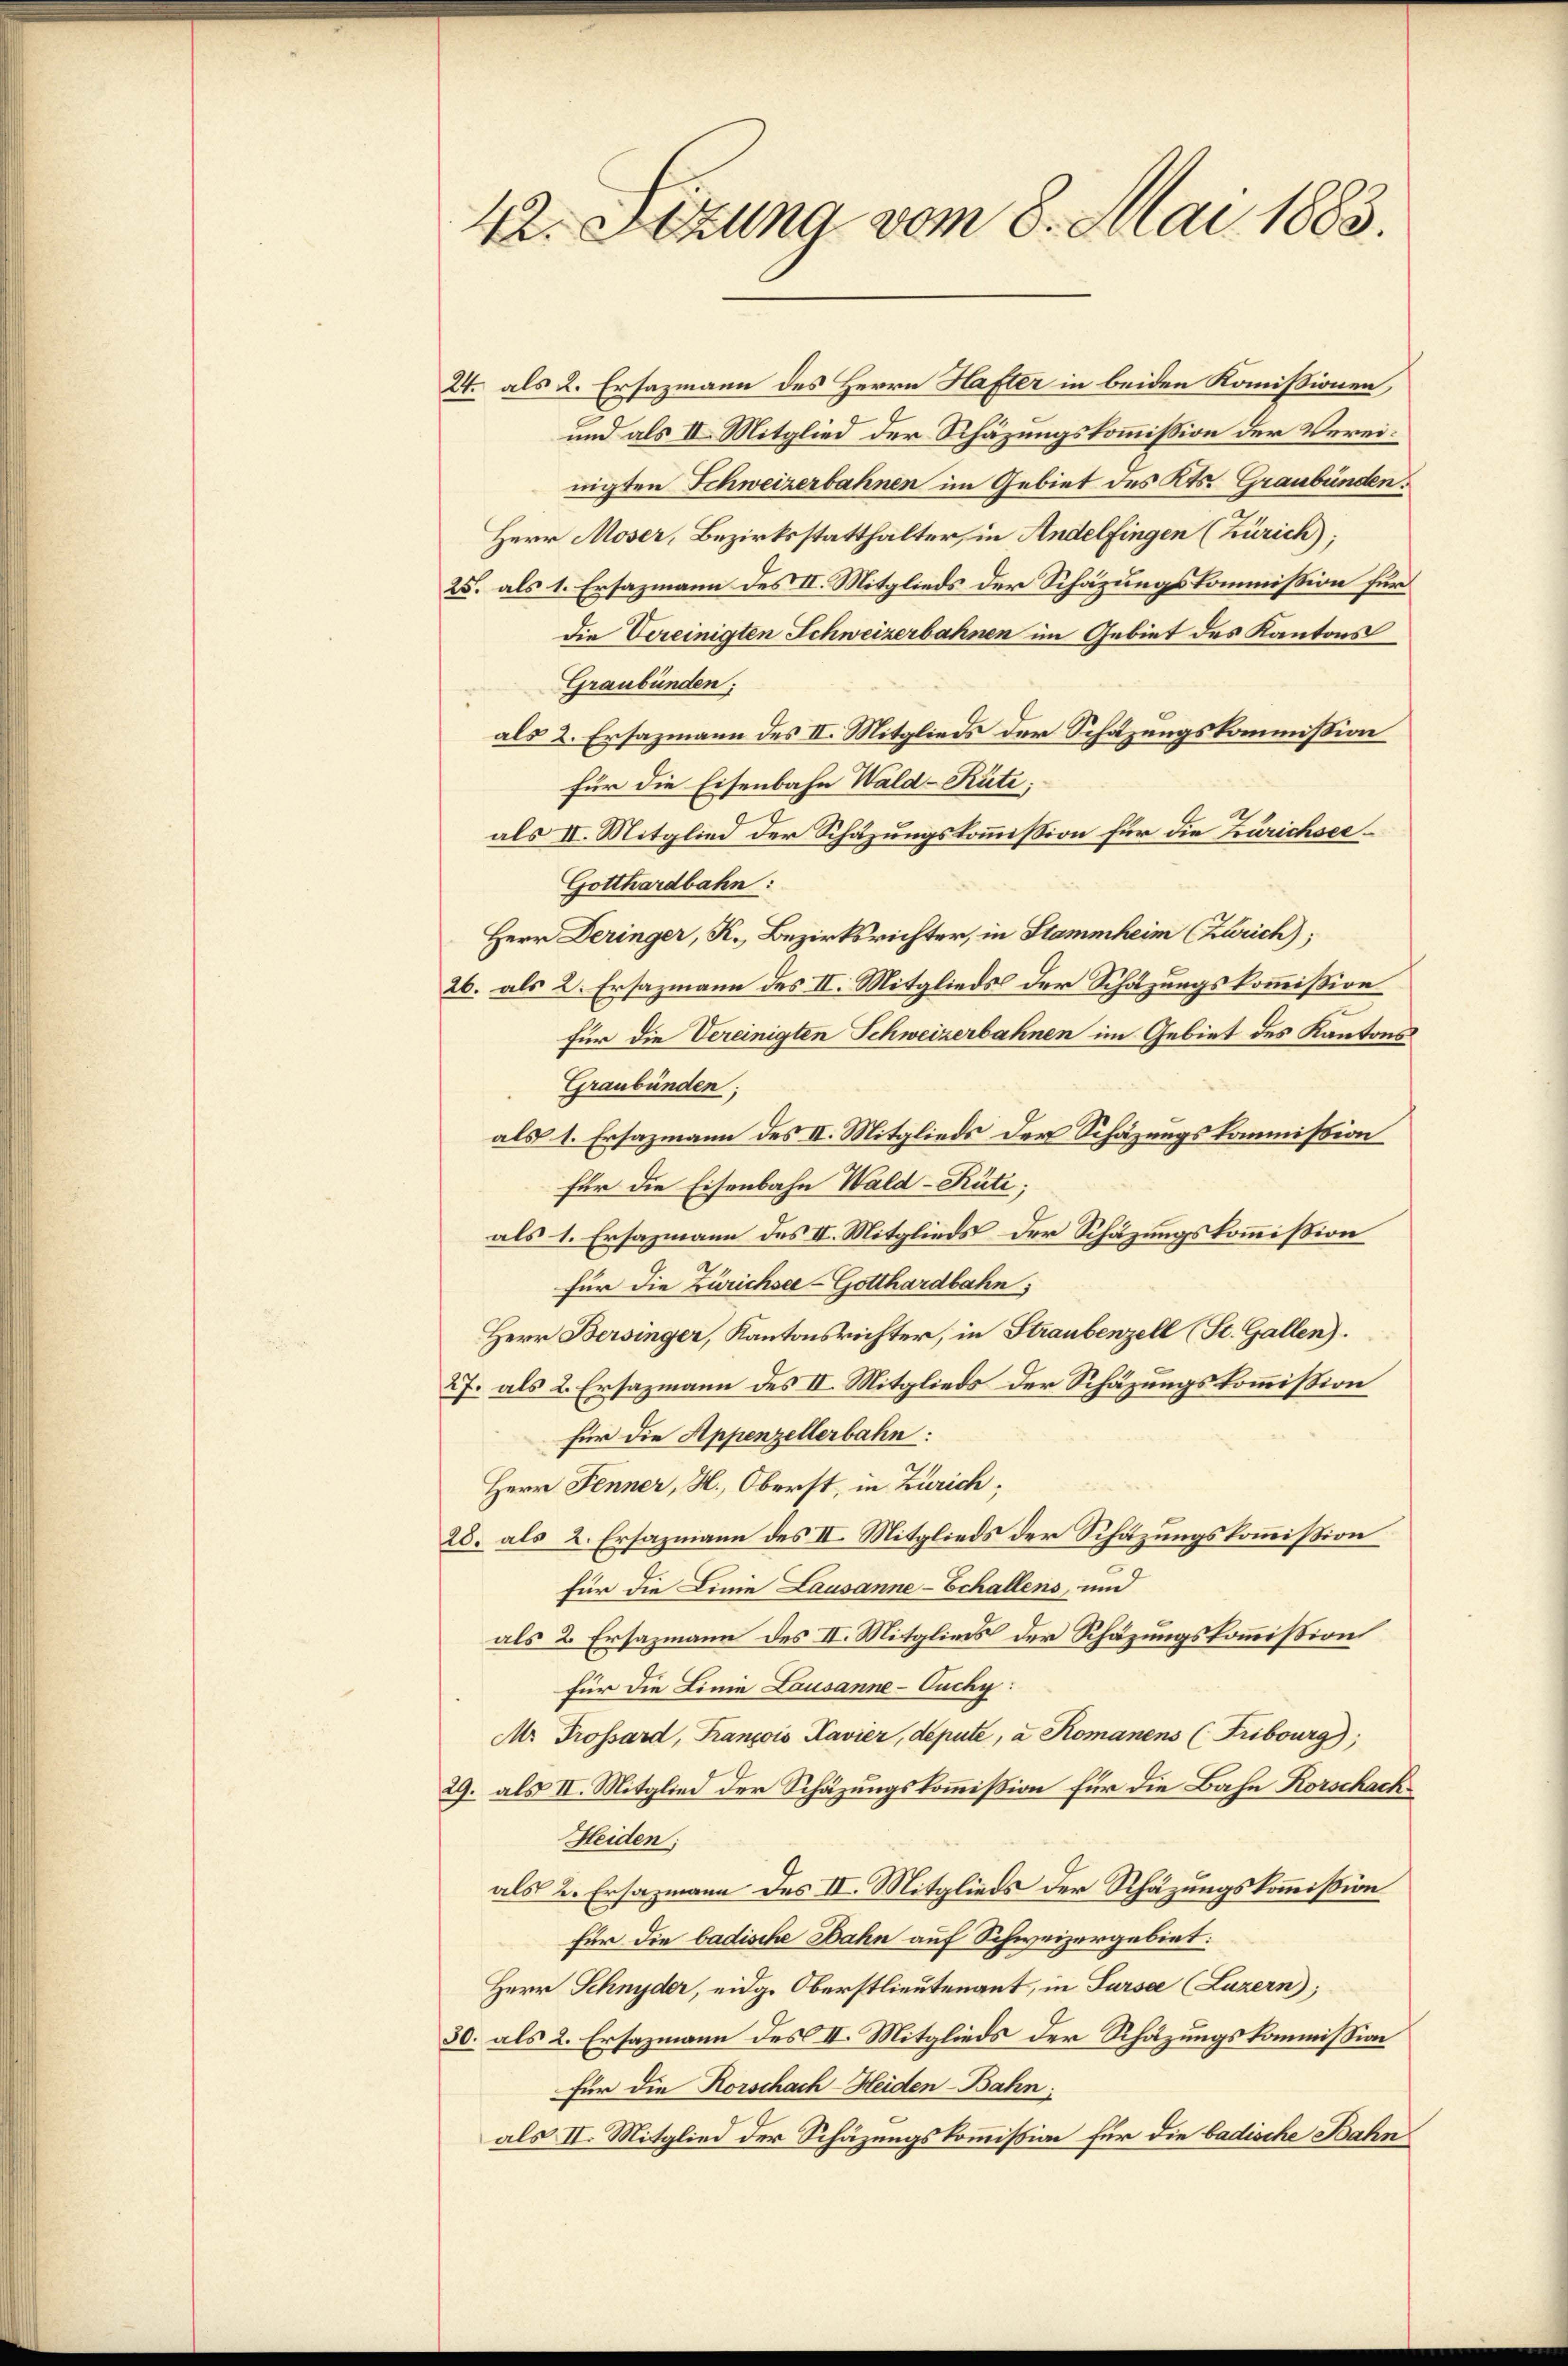
42. Sezung vom 8. Mai 1883.

24. als 2. Ersazmann des Herrn Hafter in beiden Kommissionen,
und als II. Mitglied der Schäzungskommission der Vereinigten Schweizerbahnen im Gebiet des Kts. Graubünden.
Herr Moser, Bezirksstatthalter, in Andelfingen (Zürich);
25. als 1. Ersazmann des II. Mitglieds der Schazungskommission für
Die Vereinigten Schweizerbahnen im Gebiet des Kantons
Graubünden;
als 2. Ersazmann des II. Mitglieds der Schazungskommission
für die Eisenbahn Wald–Rüti;
als IV. Mitglied der Schazungskommission für die Zurichser¬
Gotthardbahn:
Herr Deringer, K. Bezirksrichter, in Stammheim (Zürich);
26. als 2. Ersazmann des II. Mitglieds der Schatzungskommission
für die Vereinigten Schweizerbahnen im Gebiet des Kantons
Graubünden;
als 1. Ersazmann des II. Mitglieds der Schäzungskommission
für die Eisenbahn Wald–Rüti;
als 1. Ersazmann des II. Mitglieds der Schäzungskommission
für die Zürichse-Gotthardbahn;
Herr Bersinger, Kantonsrichter, in Straubenzell (St. Gallen).
27. als 2. Ersazmann des II. Mitglieds der Schäzungskommißion
für die Appenzellerbahn:
Herr Fenner, H., Oberst, in Zürich;
28. als 2. Ersazmann des II. Mitglieds der Schazungskommission
für die Linie Lausanne-Echallens, und
als 2. Ersazmann des II. Mitglinis der Schäzungskommission
für die Linie Lausanne-Ouchy:
M. Trossard, François Kavier, depute, a Romanens (Fribourg,
29. als II. Mitglied der Schäzungskommißion für die Bahn Rorschach
Heiden:
als 2. Ersazmann des II. Mitglieds der Rhäzungskommißion
für die badische Bahn auf Schweizergebiet:
Herr Schnyder, eidg. Oberstlieutenant, in Sursee (Luzern);
50. als 2. Ersazmann des II. Mitglieds der Schäzungskommission
Für die Korschach-Heiden-Bahn;
als II. Mitglied der Schäzungskommission für die badische Bahn